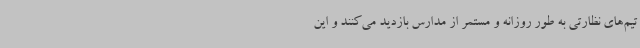
تیم‌های نظارتی به طور روزانه و مستمر از مدارس بازدید می‌کنند و این